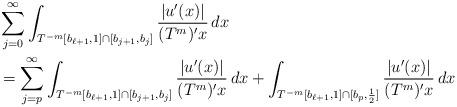
LaTeX: \begin{align*}&\sum_{j=0}^\infty \int_{ T^{-m}[b_{\ell+1}, 1] \cap [b_{j+1}, b_j] } \frac{|u'(x)|}{(T^m)'x} \, dx \\ &= \sum_{j=p}^\infty \int_{ T^{-m}[b_{\ell+1}, 1] \cap [b_{j+1}, b_j] } \frac{|u'(x)|}{(T^m)'x} \, dx + \int_{ T^{-m}[b_{\ell+1}, 1] \cap [b_{p}, \frac12] } \frac{|u'(x)|}{(T^m)'x} \, dx \end{align*}